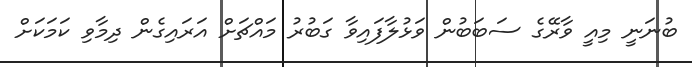
ބުނަނީ މިއީ ވާރޭގެ ސަބަބުން ވަޅުލާފައިވާ ގަބުރު މައްޗަށް އަރައިގެން ދިމާވި ކަމަކަށް